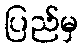
ပြည်မှ